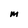
Character: M